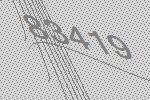
83419